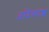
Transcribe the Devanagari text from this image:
अदिकांश